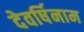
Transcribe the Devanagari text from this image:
देवर्षिनाम